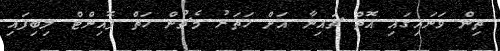
ތިން ވަނައިގައި އޮތް ޗައިނާ އަށް ހަތަރު މެޗުން ހަތް ޕޮއިންޓް ލިބިފައި